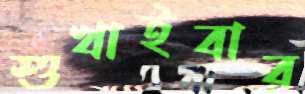
শুখাইবার